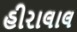
હીરાલાલ